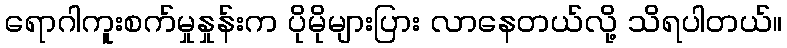
ရောဂါကူးစက်မှုနှုန်းက ပိုမိုများပြား လာနေတယ်လို့ သိရပါတယ်။